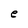
Character: e